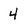
Character: 4